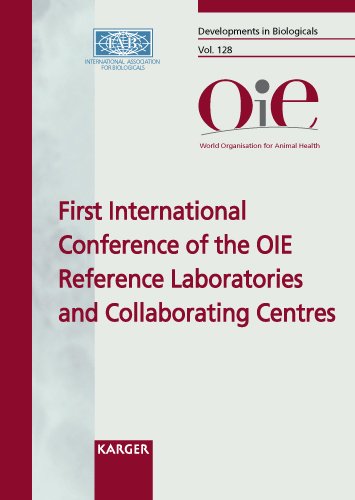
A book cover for OIE Reference Laboratories and Collaborating Centres: 1st International Conference, Florianopolis, December 2006: Proceedings (Developments in Biologicals, Vol. 128); Medical Books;